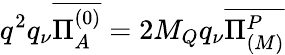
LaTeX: q^{2}q_{\nu}\overline{{{\Pi_{A}^{(0)}}}}=2M_{Q}q_{\nu}\overline{{{\Pi_{(M)}^{P}}}}